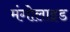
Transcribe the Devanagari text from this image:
मंगोलाइड